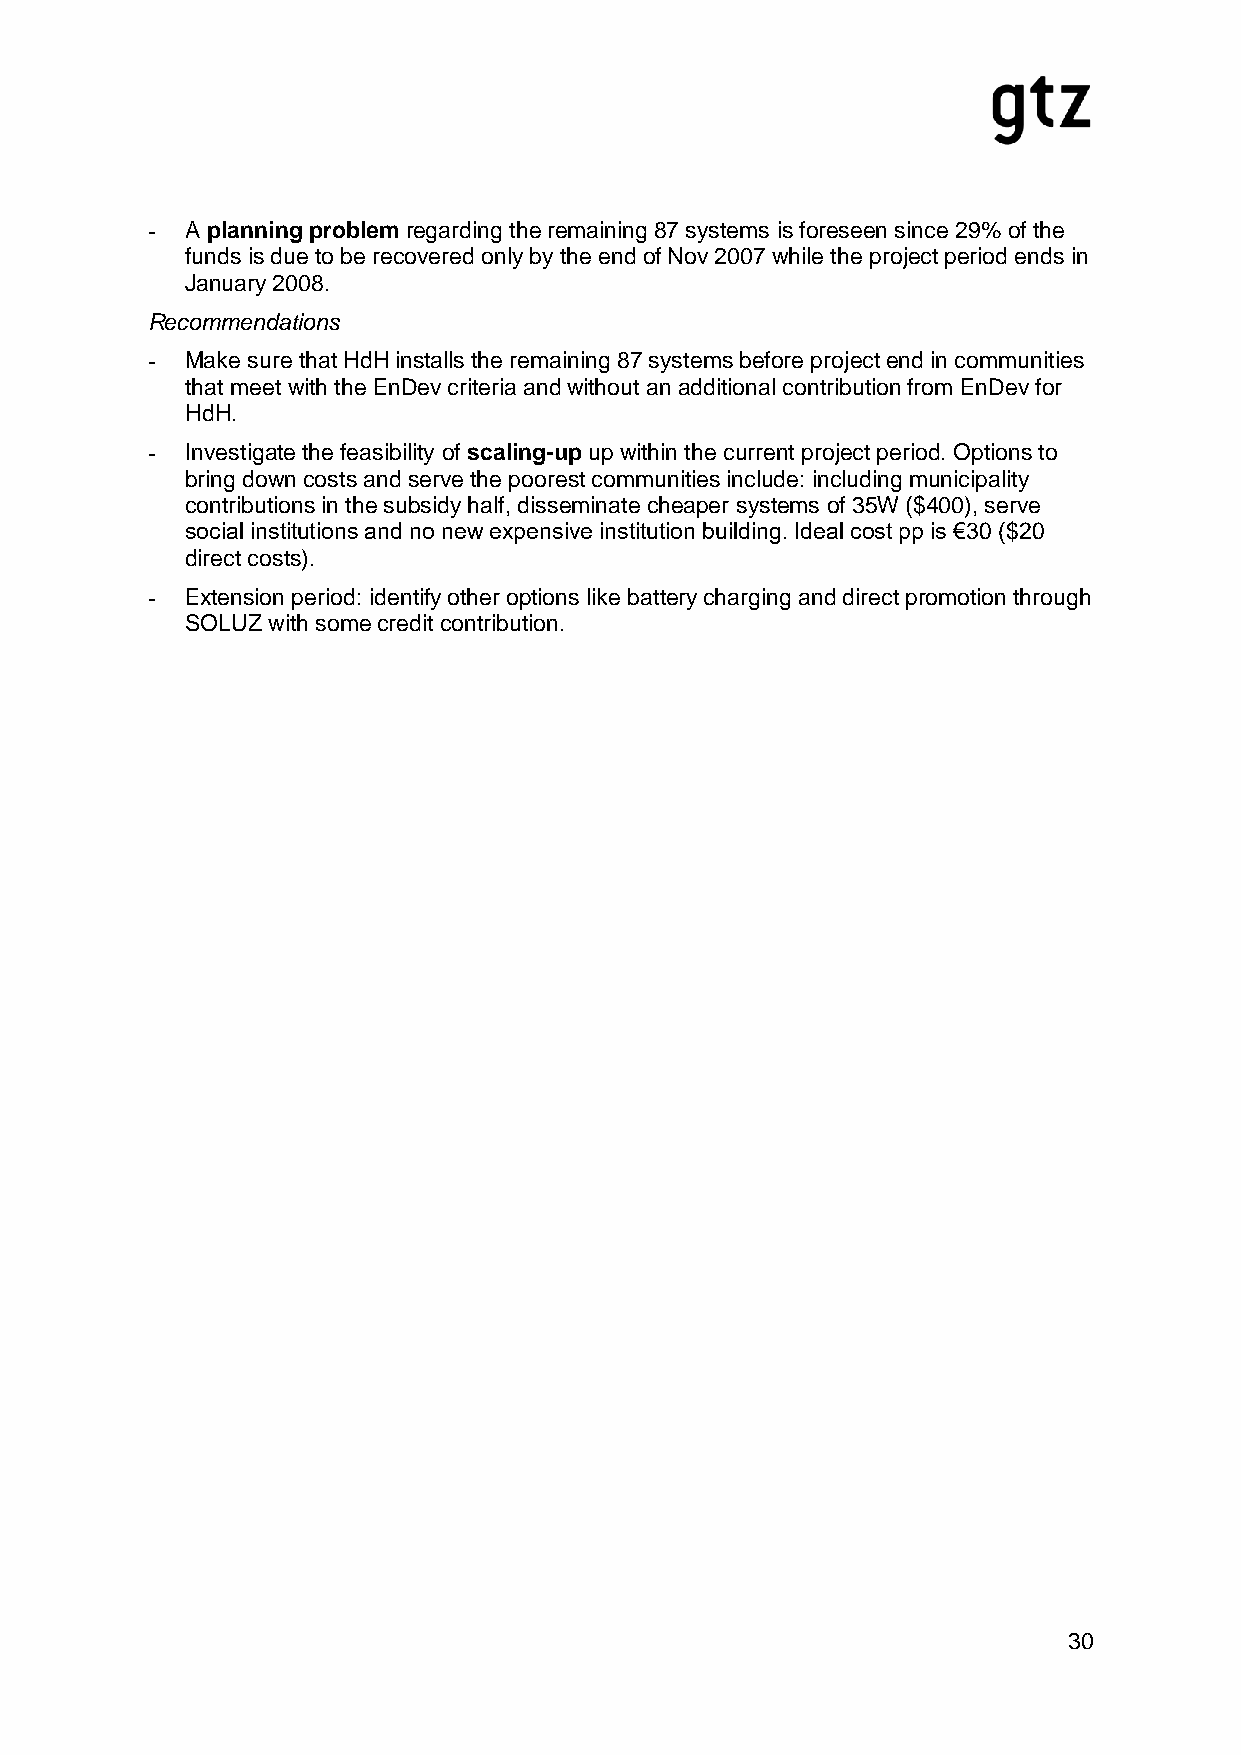
- A planning problem regarding the remaining 87 systems is foreseen since 29% of the
 funds is due to be recovered only by the end of Nov 2007 while the project period ends in
 January 2008.
 Recommendations
 - Make sure that HdH installs the remaining 87 systems before project end in communities
 that meet with the EnDev criteria and without an additional contribution from EnDev for
 HdH.
 - Investigate the feasibility of scaling-up up within the current project period. Options to
 bring down costs and serve the poorest communities include: including municipality
 contributions in the subsidy half, disseminate cheaper systems of 35W ($400), serve
 social institutions and no new expensive institution building. Ideal cost pp is €30 ($20
 direct costs).
 - Extension period: identify other options like battery charging and direct promotion through
 SOLUZ with some credit contribution.
 30